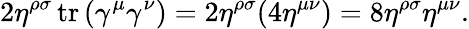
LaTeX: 2\eta^{\rho\sigma}\operatorname{tr}\left(\gamma^{\mu}\gamma^{\nu}\right)=2\eta^{\rho\sigma}(4\eta^{\mu\nu})=8\eta^{\rho\sigma}\eta^{\mu\nu}.